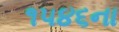
૧૫૪૬ના